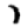
Digit: 1